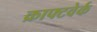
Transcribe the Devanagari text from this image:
क्राफ्टवेर्क